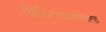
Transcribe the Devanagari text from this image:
चिकित्सकडोनाल्ड